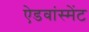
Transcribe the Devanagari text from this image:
ऐडवांस्मेंट